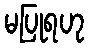
မပြုရဟု